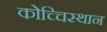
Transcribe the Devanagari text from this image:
कोच्चिस्थान